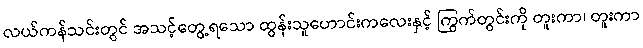
လယ်ကန်သင်းတွင် အသင့်တွေ့ရသော ထွန်းသူဟောင်းကလေးနှင့် ကြွက်တွင်းကို တူးကာ၊ တူးကာ